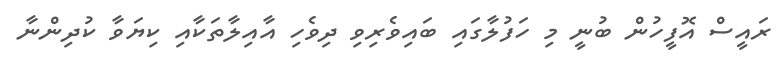
ރައީސް އޮފީހުން ބުނީ މި ހަފުލާގައި ބައިވެރިވި ދިވެހި އާއިލާތަކާއި ކިޔަވާ ކުދިންނާ